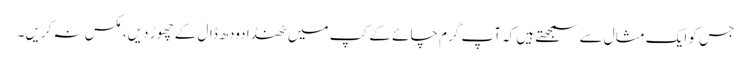
جس کو ایک مثال سے سمجھتے ہیں کہ آپ گرم چائے کے کپ میں ٹھنڈا دودھ ڈال کے چھوڑ دیں، مکس نہ کریں۔